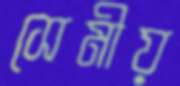
সেমীয়